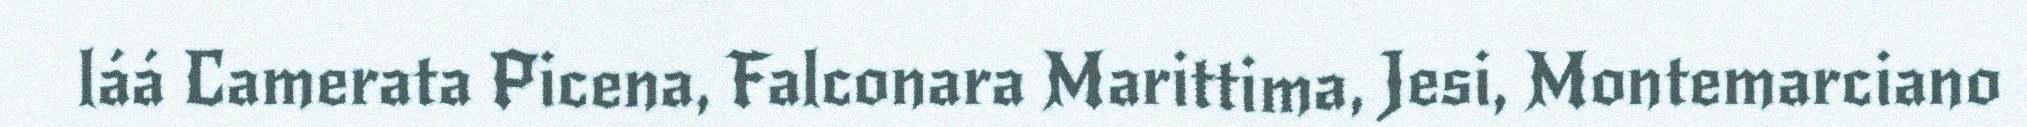
láá Camerata Picena, Falconara Marittima, Jesi, Montemarciano